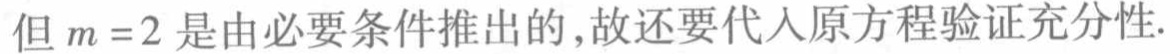
但 \(m = 2\) 是由必要条件推出的,故还要代入原方程验证充分性.